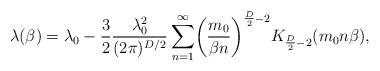
LaTeX: \begin{align*}\lambda(\beta)=\lambda_{0}-\frac{3}{2}\frac{\lambda^{2}_{0}}{(2\pi)^{D/2}}\sum^{\infty}_{n=1}\biggl(\frac{m_{0}}{\beta n}\biggr)^{\frac{D}{2}-2}K_{\frac{D}{2}-2}(m_{0}n\beta),\end{align*}